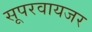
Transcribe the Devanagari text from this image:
सूपरवायजर